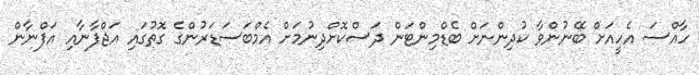
ހާއްސަ އެހީއަށް ބޭނުންވާ ކުދިންނަށް ބެޑްމިންޓަން ދަސްކޮށްދިނުމަށް އެމްބަސަޑަރުންގެ ގޮތުގައި އަޖްފާނާއި އަފްނާން